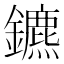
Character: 鑣